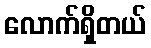
လောက်ရှိတယ်